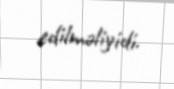
edilməliyidi.